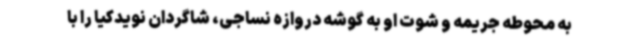
به محوطه جریمه و شوت او به گوشه دروازه نساجی، شاگردان نویدکیا را با